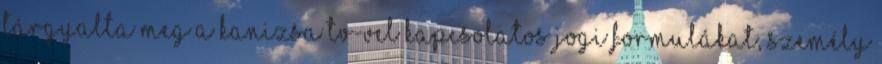
tárgyalta meg a Kanizsa TV-vel kapcsolatos jogi formulákat, személy